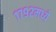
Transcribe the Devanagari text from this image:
१७९२मध्ये